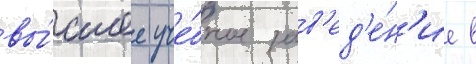
вы́сшее уче́бное зав'ед'е́н'ие в